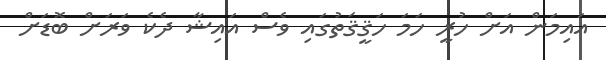
އައިމަން އަށް ހުރީ ހަމަ ހަޤީޤަތުގައި ވެސް އައިޝާ ދެކެ ވަރަށް ބޮޑަށް